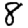
Digit: 8